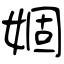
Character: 婟